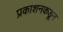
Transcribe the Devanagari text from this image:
प्रकाशनकडून